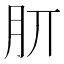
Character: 𣍠